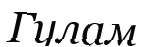
Гулам